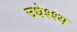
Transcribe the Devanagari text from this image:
उधेश्श्य